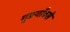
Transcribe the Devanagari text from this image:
गुङगाँवसे